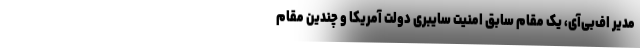
مدیر اف‌بی‌آی، یک مقام سابق امنیت سایبری دولت آمریکا و چندین مقام